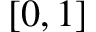
[ 0 , 1 ]